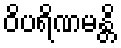
ဝိပရိဏမန္တိ